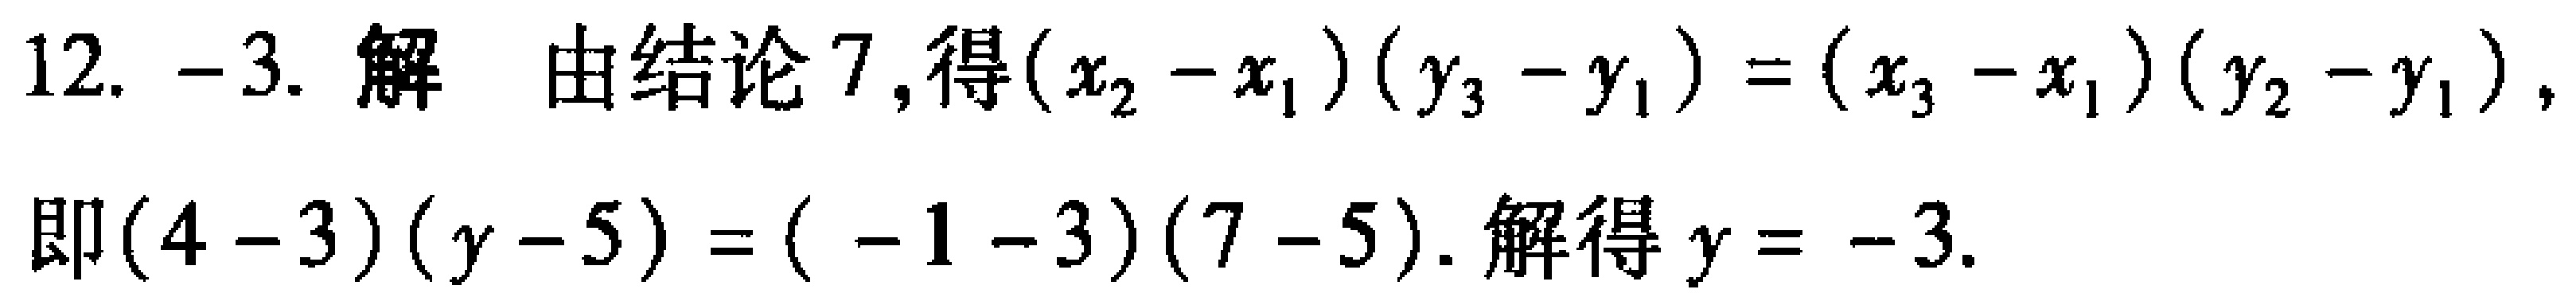
12. -3. 解 由结论7,得\((x_{2}-x_{1})(y_{3}-y_{1})=(x_{3}-x_{1})(y_{2}-y_{1})\),
即\((4 - 3)(y - 5)=(-1 - 3)(7 - 5)\). 解得\(y = - 3\).